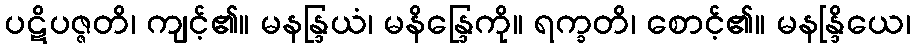
ပဋိပဇ္ဇတိ၊ ကျင့်၏။ မနန္ဒြယံ၊ မနိန္ဒြေကို။ ရက္ခတိ၊ စောင့်၏။ မနန္ဒြိယေ၊